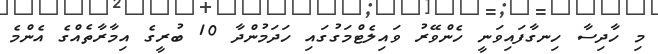
މި ހާދިސާ ހިނގާފައިވަނީ ހެންވޭރު ވައިލެޓްމަގުގައި ހަދަމުންދާ 10 ބުރީގެ އިމާރާތެއްގެ އެންމެ